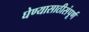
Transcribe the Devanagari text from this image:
घेण्यासाठीसंपूर्ण